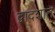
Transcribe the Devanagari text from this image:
द्वादशात